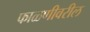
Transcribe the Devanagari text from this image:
फाळणीवरील